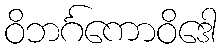
ဝိဘင်္ဂကောဝိဒေါ